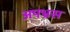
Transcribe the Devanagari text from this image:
अपभ्रस